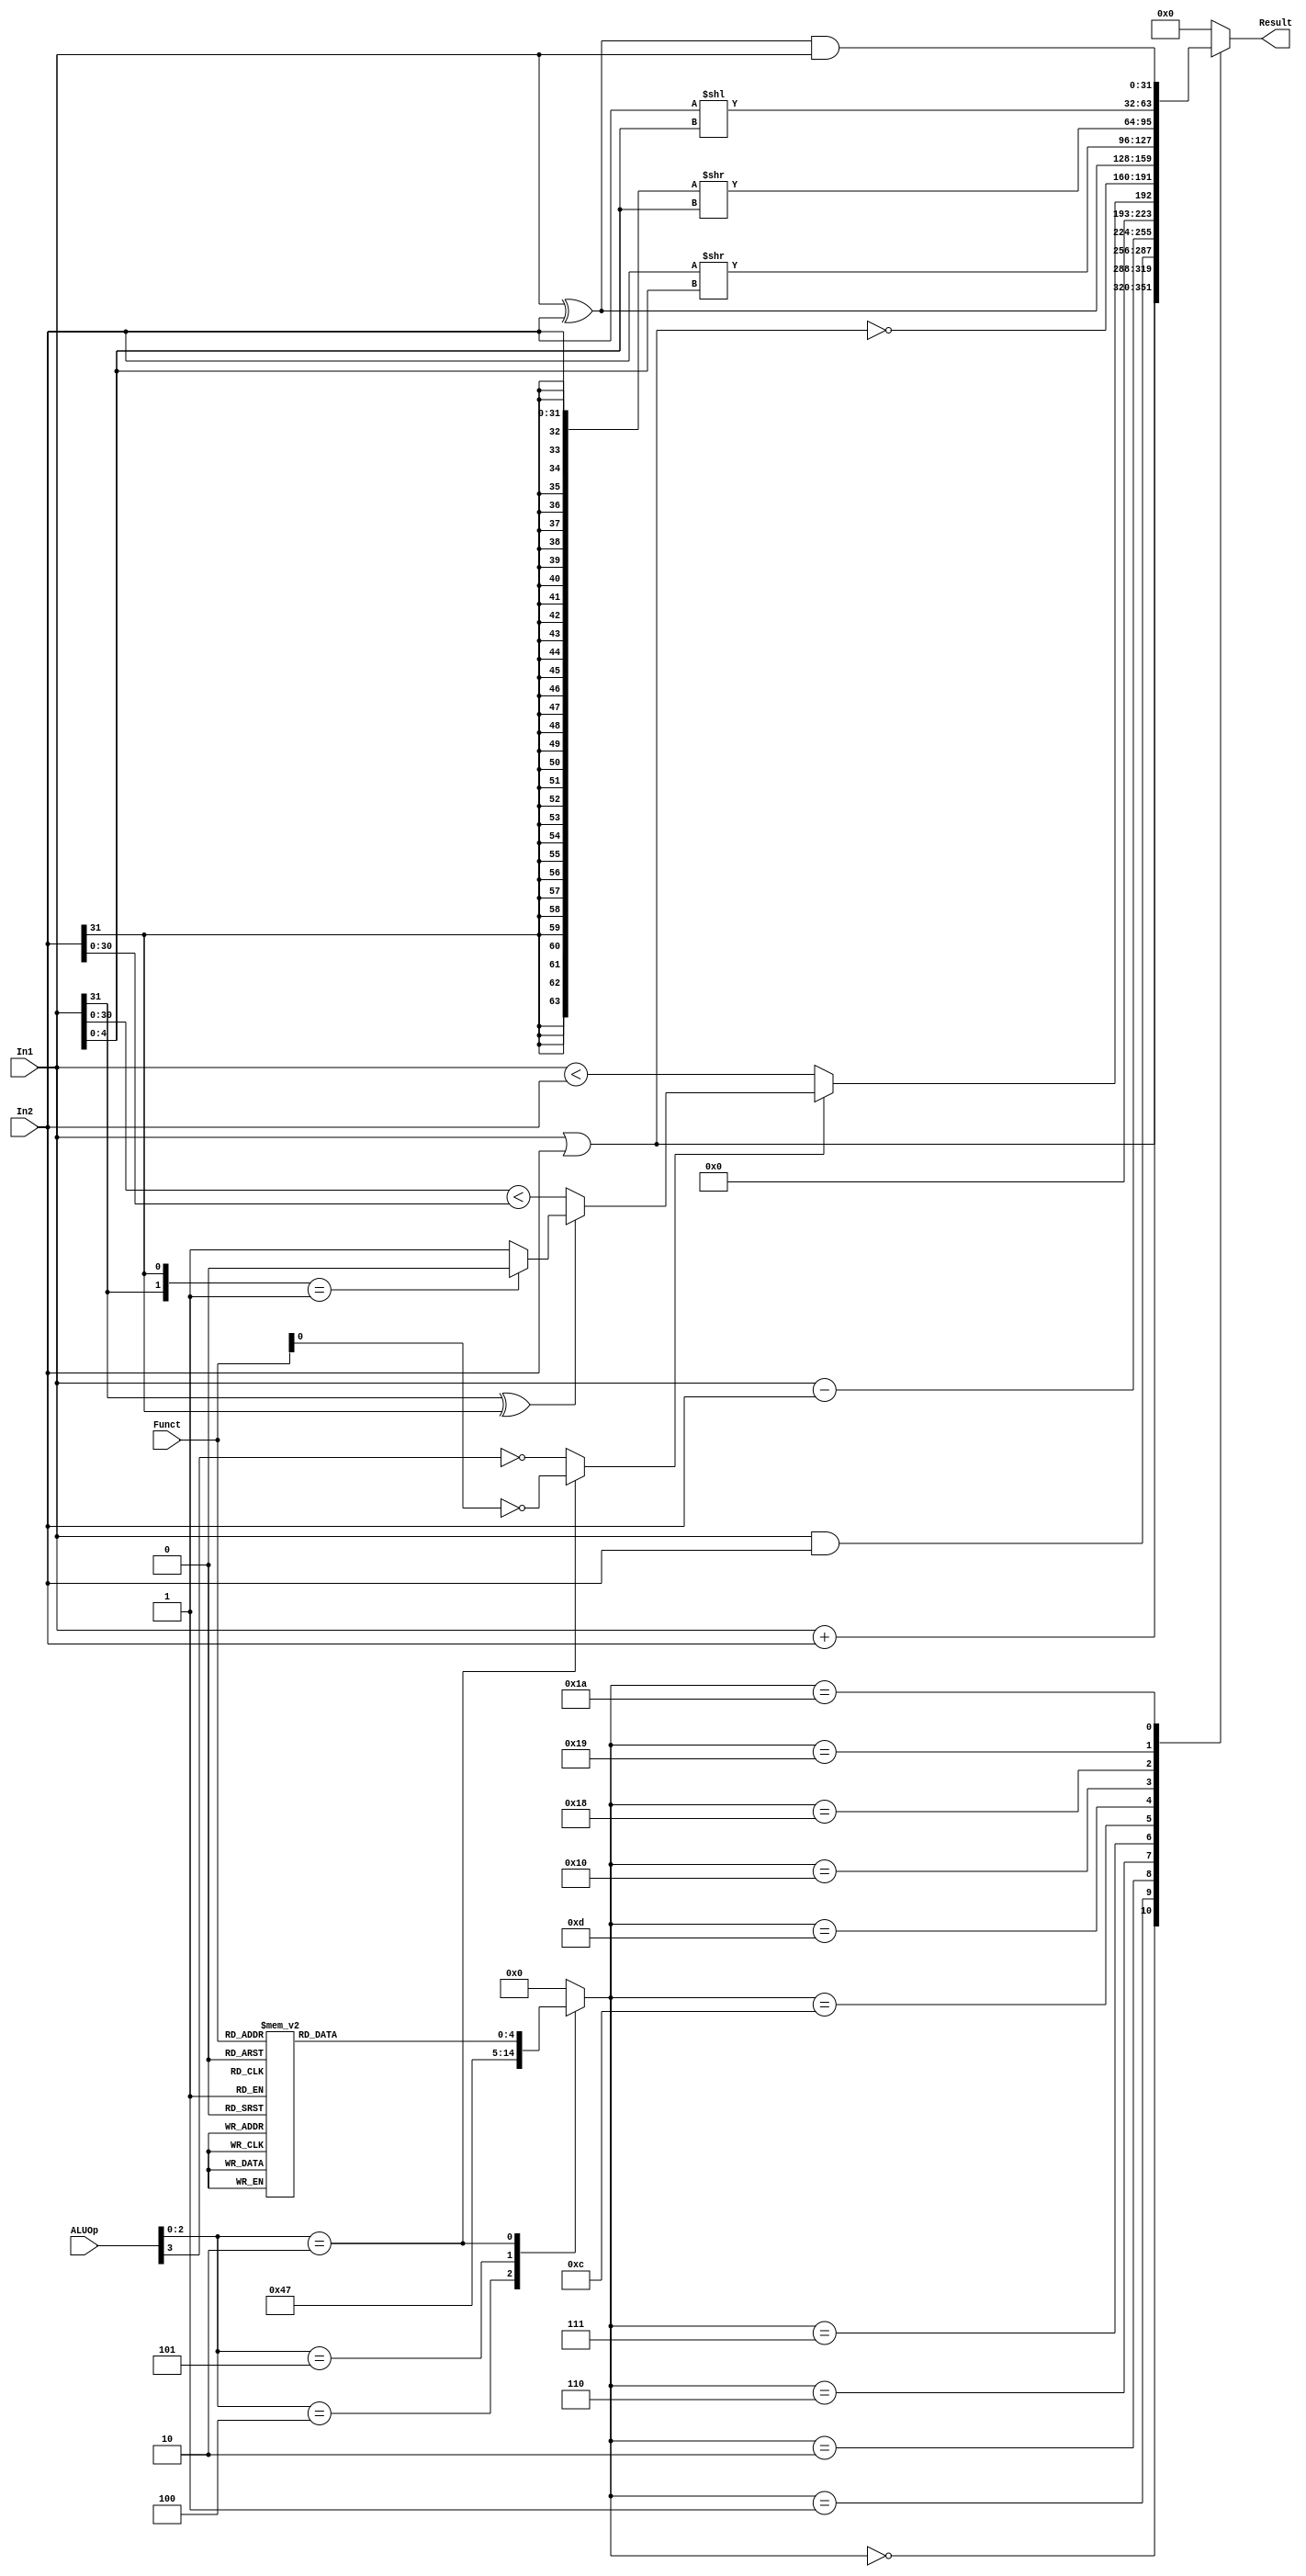
`timescale 1ns / 1ps
//////////////////////////////////////////////////////////////////////////////////
// Company: 
// Engineer: 
// 
// Design Name: 
// Module Name: ALU
// Project Name: 
// Target Devices: 
// Tool Versions: 
// Description: 
// ZeroALUOp=3`b001
// Dependencies: 
// Control.vALUOpbeq,bne
// Revision:
// Revision 0.01 - File Created
// Additional Comments:
// 
//////////////////////////////////////////////////////////////////////////////////


module ALU(In1,In2,ALUOp,Funct,Result);
input [31:0] In1,In2;
input [3:0] ALUOp;
input [5:0] Funct;
output reg [31:0] Result;
wire Sign;
reg [4:0] ALUConf;
	parameter aluADD = 5'b00000;
	parameter aluOR  = 5'b00001;
	parameter aluAND = 5'b00010;
	parameter aluSUB = 5'b00110;
	parameter aluSLT = 5'b00111;
	parameter aluNOR = 5'b01100;
	parameter aluXOR = 5'b01101;
	parameter aluSRL = 5'b10000;
	parameter aluSRA = 5'b11000;
	parameter aluSLL = 5'b11001;

    assign Sign = (ALUOp[2:0] == 3'b010)? ~Funct[0]: ~ALUOp[3];

    wire [1:0] ss;
	assign ss = {In1[31], In2[31]};
	
	wire lt_31;
	assign lt_31 = (In1[30:0] < In2[30:0]);
	
	wire lt_signed;
	assign lt_signed = (In1[31] ^ In2[31])? 
		((ss == 2'b01)? 0: 1): lt_31;

    reg [4:0] aluFunct;
	always @(*)
		case (Funct)
			6'b00_0000: aluFunct <= aluSLL;
			6'b00_0010: aluFunct <= aluSRL;
			6'b00_0011: aluFunct <= aluSRA;
			6'b10_0000: aluFunct <= aluADD;
			6'b10_0001: aluFunct <= aluADD;
			6'b10_0010: aluFunct <= aluSUB;
			6'b10_0011: aluFunct <= aluSUB;
			6'b10_0100: aluFunct <= aluAND;
			6'b10_0101: aluFunct <= aluOR;
			6'b10_0110: aluFunct <= aluXOR;
			6'b10_0111: aluFunct <= aluNOR;
			6'b10_1010: aluFunct <= aluSLT;
			6'b10_1011: aluFunct <= aluSLT;
			default: aluFunct <= aluADD;
		endcase
	
	always @(*)
		case (ALUOp[2:0])
			3'b000: ALUConf <= aluADD; // lw sw lui j jal addi addiu
			3'b100: ALUConf <= aluAND; // andi
			3'b101: ALUConf <= aluSLT; // slti || sltiu
			3'b010: ALUConf <= aluFunct; // R-type
			default: ALUConf <= aluADD;
		endcase

    always @(*) begin
		case (ALUConf)
			5'b00000: Result <= In1 + In2;
			5'b00001: Result <= In1 | In2;
			5'b00010: Result <= In1 & In2;
			5'b00110: Result <= In1 - In2;
			5'b00111: Result <= {31'h00000000, Sign? lt_signed: (In1 < In2)};
			5'b01100: Result <= ~(In1 | In2);
			5'b01101: Result <= In1 ^ In2;
			5'b10000: Result <= (In2 >> In1[4:0]);
			5'b11000: Result <= ({{32{In2[31]}}, In2} >> In1[4:0]);
            5'b11001: Result <= (In2 << In1[4:0]);
			5'b11010: Result <= (In1 ^ In2) & In1;
			default: Result <= 32'h00000000;
		endcase
    end
endmodule